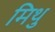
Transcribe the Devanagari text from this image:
मिथु